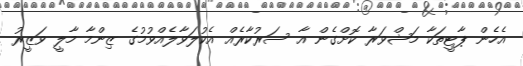
އެހެން ޕާޓީތަކާ މަޝްވަރާ ކޮށްގެން އާ ސަރުކާރެއް އެކުލަވާލެއްވުމުގެ ޒިންމާ މާލީ ވަޒީރު